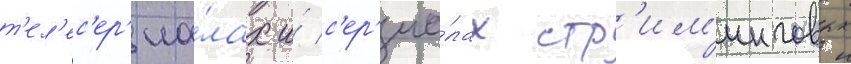
т'ел'ес'ер'иа́лах и́ с'ер'иа́лах стр'им'инговых